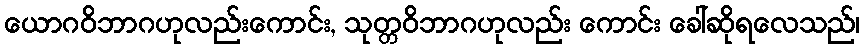
ယောဂဝိဘာဂဟုလည်းကောင်း, သုတ္တဝိဘာဂဟုလည်း ကောင်း ခေါ်ဆိုရလေသည်၊